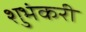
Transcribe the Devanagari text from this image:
शुभंकरी